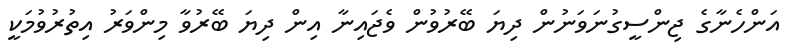
އަންހެނާގެ ޖިންސީގުނަވަނުން ދިޔަ ބޭރުވުން ވެޖައިނާ އިން ދިޔަ ބޭރުވާ މިންވަރު އިތުރުވުމަކީ